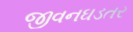
જીવનઘડતર